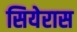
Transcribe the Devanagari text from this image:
सियेरास